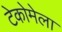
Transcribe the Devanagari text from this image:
टेकोमेला